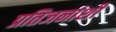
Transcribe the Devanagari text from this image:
प्रतिजनांशी